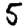
Digit: 5